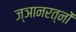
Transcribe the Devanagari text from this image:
ज्ञानरत्नों